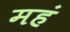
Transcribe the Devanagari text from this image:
महं